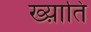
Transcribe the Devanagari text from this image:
ख्य़ाति